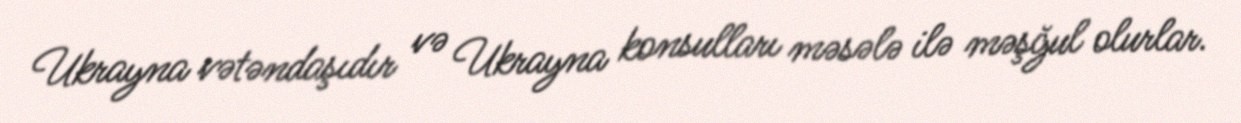
Ukrayna vətəndaşıdır və Ukrayna konsulları məsələ ilə məşğul olurlar.